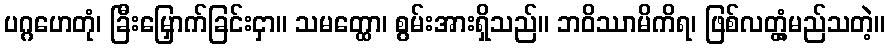
ပဂ္ဂဟေတုံ၊ ခြီးမြှောက်ခြင်းငှာ။ သမတ္ထော၊ စွမ်းအားရှိသည်။ ဘဝိဿာမိကိရ၊ ဖြစ်လတ္တံ့မည်သတဲ့။